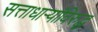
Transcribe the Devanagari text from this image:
सत्ताधाऱ्यांविरुद्ध